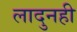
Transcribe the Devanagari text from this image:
लादुनही